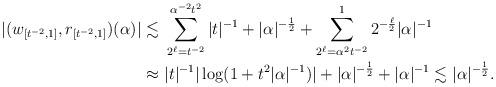
LaTeX: \begin{align*}|(w_{[t^{-2},1]},r_{[t^{-2},1]})(\alpha)| \lesssim & \ \sum_{2^\ell = t^{-2}}^{\alpha^{-2} t^2} |t|^{-1}+ |\alpha|^{-\frac12} + \sum_{2^\ell=\alpha^2 t^{-2}}^12^{-\frac{\ell}2} |\alpha|^{-1} \\ \approx & \ |t|^{-1} |\log (1+t^2 |\alpha|^{-1})| + |\alpha|^{-\frac12}+ |\alpha|^{-1} \lesssim |\alpha|^{-\frac12}.\end{align*}